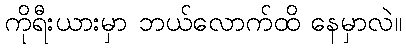
ကိုရီးယားမှာ ဘယ်လောက်ထိ နေမှာလဲ။